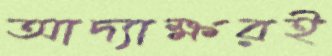
আদ্যাক্ষরই